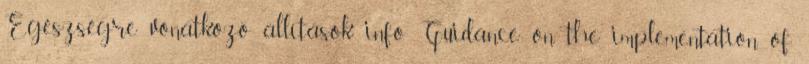
Egészségre vonatkozó állítások info Guidance on the implementation of